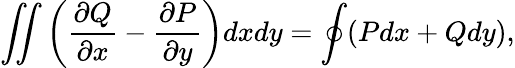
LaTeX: \iint\left(\frac{\partial Q}{\partial x}-\frac{\partial P}{\partial y}\right)dxdy=\oint(Pdx+Qdy),